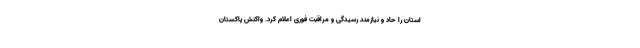
استان را حاد و نیازمند رسیدگی و مراقبت فوری اعلام کرد. واکنش پاکستان